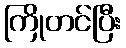
ကြိုတင်ပြီး